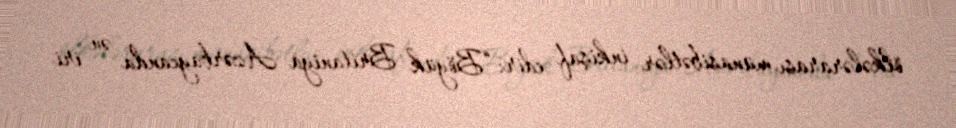
ölkələrarası münasibətlər inkişaf edir: “Böyük Britaniya Azərbaycanda ən iri